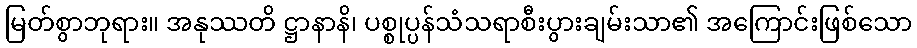
မြတ်စွာဘုရား။ အနုဿတိ ဋ္ဌာနာနိ၊ ပစ္စုပ္ပန်သံသရာစီးပွားချမ်းသာ၏ အကြောင်းဖြစ်သော